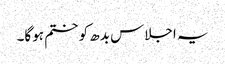
یہ اجلاس بدھ کو ختم ہوگا۔